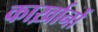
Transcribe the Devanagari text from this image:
कार्ख़ानों